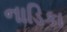
નાડિકા